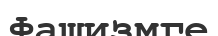
Фашизмге